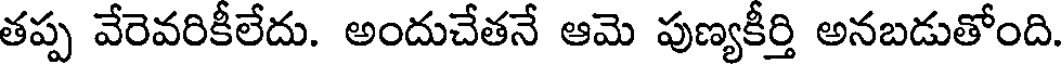
తప్ప వేరెవరికీలేదు. అందుచేతనే ఆమె పుణ్యకీర్తి అనబడుతోంది